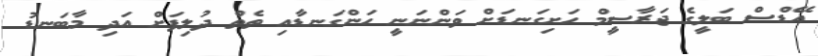
އޭޑްސް ބަލީގެ ޖަރާސީމް ހަށިގަނޑަށް ވަންނަނީ ހަންގަނޑާއި ތެތް ދުލިފަށް އަދި މާބަނޑު